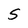
Character: S